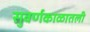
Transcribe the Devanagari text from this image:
सुवर्णकाळातली